Annual report on the Civil Veterinary Department, Burma (including the Insein Veterinary School) - 1932-1941
Year: 1932
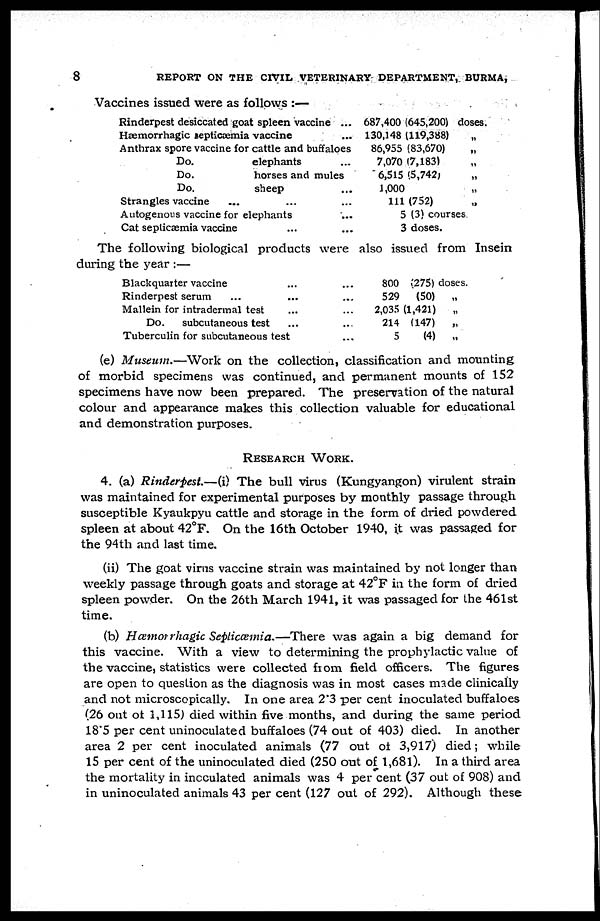
8
REPORT ON THE CIVIL VETERINARY DEPARTMENT, BURMA,
Vaccines issued were as follows :—
Rinderpest desiccated goat spleen vaccine ...
Hæmorrhagic septicæmia vaccine ...
Anthrax spore vaccine for cattle and buffaloes
Do.
Do.
Do.
Strangles vaccine
elephants ...
horses and mules
sheep ...
... ... ...
Autogenous vaccine for elephants ...
Cat septicæmia vaccine ... ...
687,400 (645,200) doses.
130,148 (119,388) „
86,955 (83,670) „
7,070 (7,183) „
6,515 (5,742) „
1,000
111 (752) „
5 (3) courses
3 doses.
The following biological products were also issued from Insein
during the year :—
Blackquarter vaccine
Rinderpest serum ...
Mallein for intradermal test
Do.
subcutaneous test
...
...
...
...
Tuberculin for subcutaneous test
...
...
...
...
...
800 (275) doses.
529
(50)
„
2,035 (1,421)
„
214 (147)
„
5
(4)
„
(e) Museum.—Work on the collection, classification and mounting
of morbid specimens was continued, and permanent mounts of 152
specimens have now been prepared. The preservation of the natural
colour and appearance makes this collection valuable for educational
and demonstration purposes.
RESEARCH WORK.
4. (a) Rinderpest.—(i) The bull virus (Kungyangon) virulent strain
was maintained for experimental purposes by monthly passage through
susceptible Kyaukpyu cattle and storage in the form of dried powdered
spleen at about 42°F. On the 16th October 1940, it was passaged for
the 94th and last time.
(ii) The goat virus vaccine strain was maintained by not longer than
weekly passage through goats and storage at 42°F in the form of dried
spleen powder. On the 26th March 1941, it was passaged for the 461st
time.
(b) Hæmoirhagic Septicæmia.—There was again a big demand for
this vaccine. With a view to determining the prophylactic value of
the vaccine, statistics were collected from field officers. The figures
are open to question as the diagnosis was in most cases made clinically
and not microscopically. In one area 2*3 per cent inoculated buffaloes
(26 out of 1,115) died within five months, and during the same period
18*5 per cent uninoculated buffaloes (74 out of 403) died. In another
area 2 per cent inoculated animals (77 out of 3,917) died; while
15 per cent of the uninoculated died (250 out of 1,681). In a third area
the mortality in inoculated animals was 4 per cent (37 out of 908) and
in uninoculated animals 43 per cent (127 out of 292). Although these